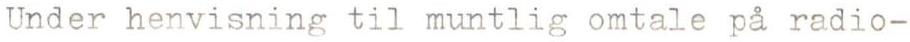
Under henvisning til muntlig omtale på radio-